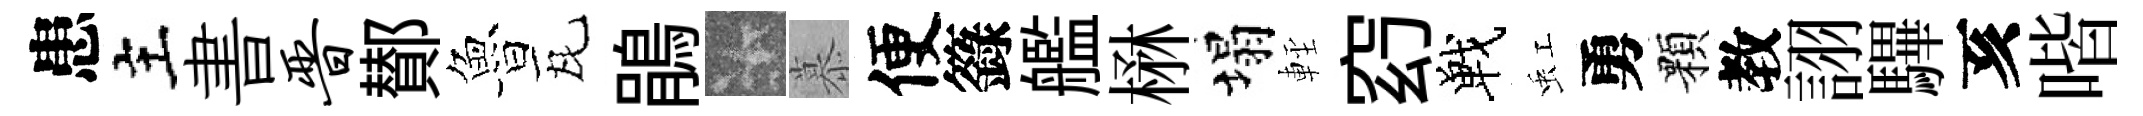
患主書晋鄼魯瓦鵑卡慕便籙艦楙塌䡖𥥆戰虹勇顆教詡驆亥喈